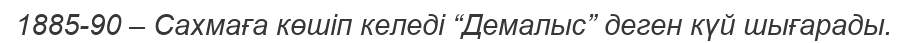
1885-90 – Сахмаға көшіп келеді “Демалыс” деген күй шығарады.